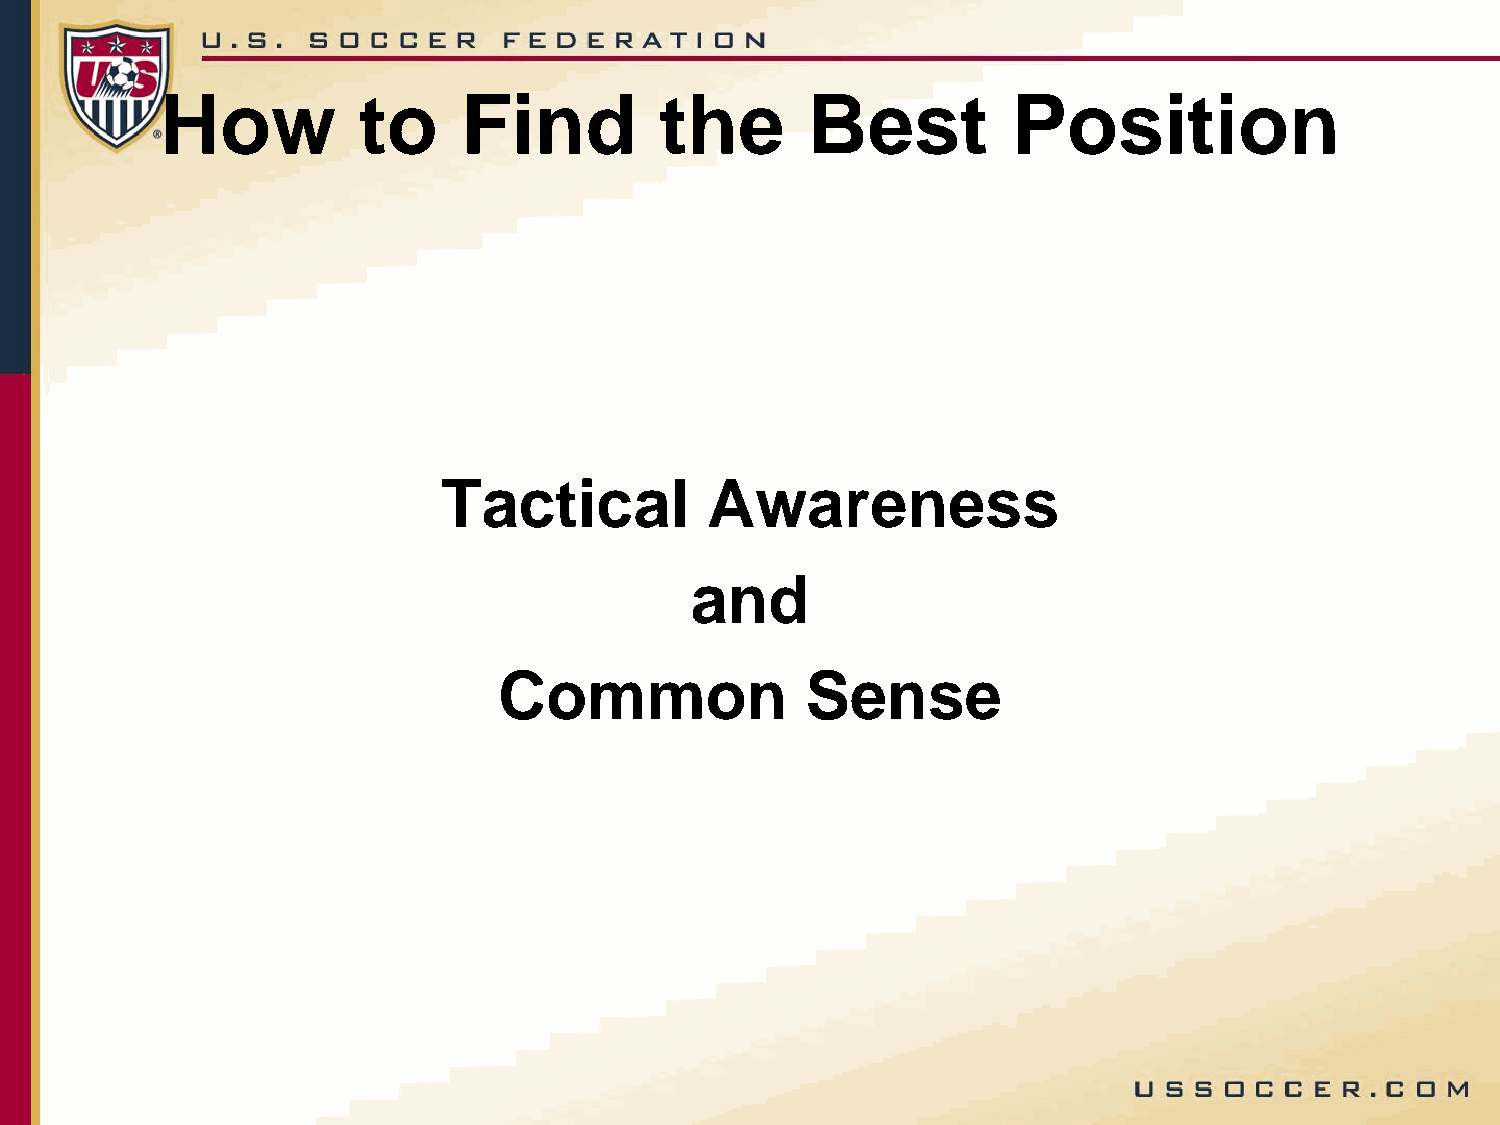
How          to     Find         the      Best          Position
 Tactical          Awareness
 and
 Common              Sense